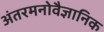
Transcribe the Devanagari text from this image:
अंतरमनोवैज्ञानिक